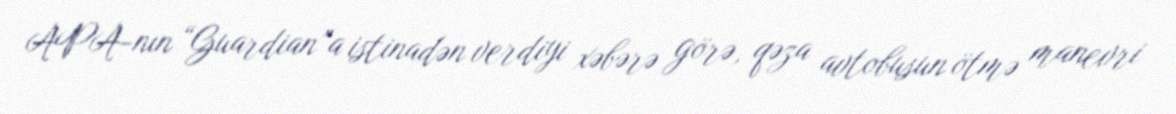
APA-nın “Guardian”a istinadən verdiyi xəbərə görə, qəza avtobusun ötmə manevri